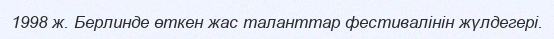
1998 ж. Берлинде өткен жас таланттар фестивалінін жүлдегері.